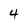
Character: 4